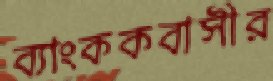
ব্যাংককবাসীর